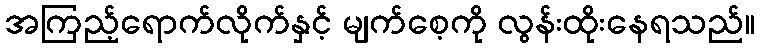
အကြည့်ရောက်လိုက်နှင့် မျက်စေ့ကို လွန်းထိုးနေရသည်။